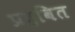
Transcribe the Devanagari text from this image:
प्रद्रवित